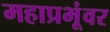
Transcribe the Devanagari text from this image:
महाप्रभूंवर